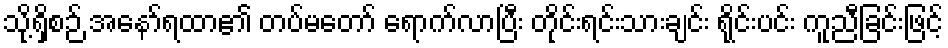
သို့ရှိစဉ် အနော်ရထာ၏ တပ်မတော် ရောက်လာပြီး တိုင်းရင်းသားချင်း ရိုင်းပင်း ကူညီခြင်းဖြင့်